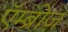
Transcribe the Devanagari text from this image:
एॅम्ब्रोज़